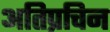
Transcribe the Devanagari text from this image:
अतिप्रचिन